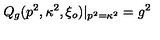
Q _ { g } ( p ^ { 2 } , \kappa ^ { 2 } , \xi _ { o } ) | _ { p ^ { 2 } = \kappa ^ { 2 } } = g ^ { 2 }